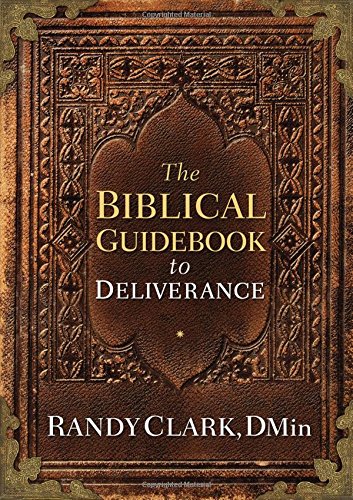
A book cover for The Biblical Guidebook to Deliverance; Randy Clark DMin; Christian Books & Bibles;